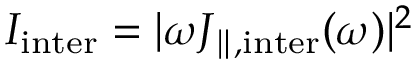
I _ { \mathrm { i n t e r } } = | \omega J _ { \parallel , \mathrm { i n t e r } } ( \omega ) | ^ { 2 }